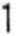
1